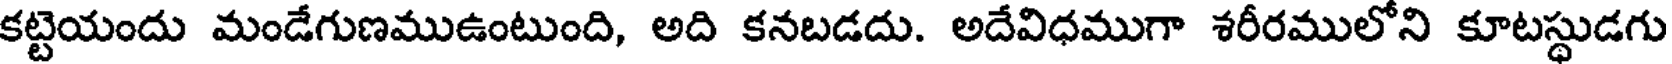
కట్టెయందు మండేగుణముఉంటుంది, అది కనబడదు. అదేవిధముగా శరీరములోని కూటస్థుడగు